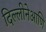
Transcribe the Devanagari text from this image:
दिल्लीनेआणि